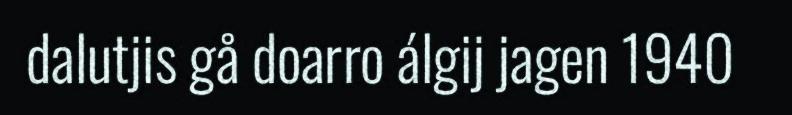
dalutjis gå doarro álgij jagen 1940